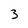
Character: 3